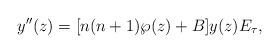
LaTeX: \begin{align*}y^{\prime \prime}(z)=[n(n+1)\wp(z)+B]y(z)E_{\tau}, \end{align*}